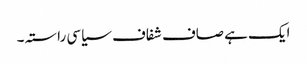
ایک ہے صاف شفاف سیاسی راستہ ۔